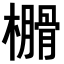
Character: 𣝗